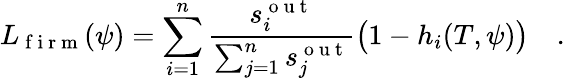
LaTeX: {L}_{\mathrm{~f~i~r~m~}}(\psi)=\sum_{i=1}^{n}\frac{s_{i}^{\mathrm{~o~u~t~}}}{\sum_{j=1}^{n}s_{j}^{\mathrm{~o~u~t~}}}\big(1-h_{i}(T,\psi)\big)\quad.